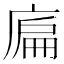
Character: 𢉞